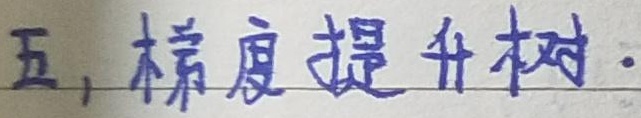
五, 梯度提升树.